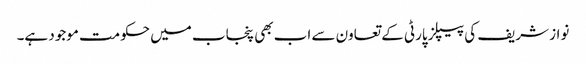
نواز شریف کی پیپلز پارٹی کے تعاون سے اب بھی پنجاب میں حکومت موجود ہے۔